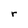
Character: r